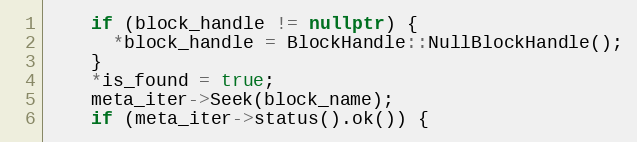
Language: C++
    if (block_handle != nullptr) {
      *block_handle = BlockHandle::NullBlockHandle();
    }
    *is_found = true;
    meta_iter->Seek(block_name);
    if (meta_iter->status().ok()) {